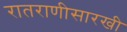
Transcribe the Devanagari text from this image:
रातराणीसारखी